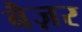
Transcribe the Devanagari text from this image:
बैज़र